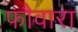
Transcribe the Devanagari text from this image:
फौवारा